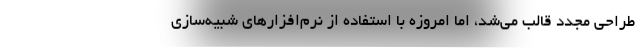
طراحی مجدد قالب می‌شد، اما امروزه با استفاده از نرم‌افزارهای شبیه‌سازی